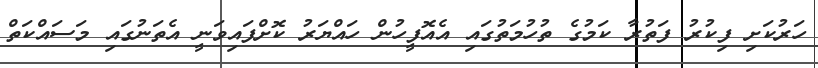
ހަރުކަށި ފިކުރު ފަތުރާ ކަމުގެ ތުހުމަތުގައި އެއޮފީހުން ހައްޔަރު ކޮށްފައިވަނީ އެތަނުގައި މަސައްކަތް